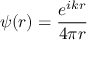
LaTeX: \psi ( r ) = { \frac { e ^ { i k r } } { 4 \pi r } }